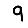
Digit: 9